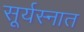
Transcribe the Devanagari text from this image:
सूर्यस्नात